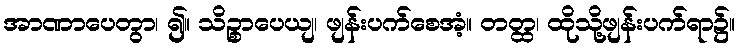
အာဏာပေတွာ၊ ၍။ သိဉ္စာပေယျ၊ ဖျန်းပက်စေအံ့။ တတ္ထ၊ ထိုသို့ဖျန်းပက်ရာ၌။